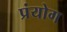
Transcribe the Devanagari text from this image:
प्रंयोग